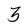
Character: 3